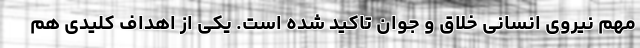
مهم نیروی انسانی خلاق و جوان تاکید شده است. یکی از اهداف کلیدی هم